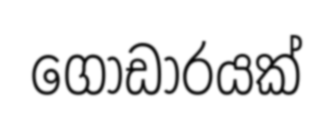
ගොඩාරයක්